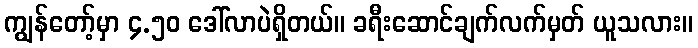
ကျွန်တော့်မှာ ၄.၅၀ ဒေါ်လာပဲရှိတယ်။ ခရီးဆောင်ချက်လက်မှတ် ယူသလား။